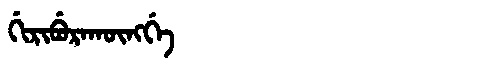
Manchu: ᡤᡳᡵᡳᠪᡠᡵᠠᡴᡡᠩᡤᡝ
Romanization: GIRIBURAKŪNGGE